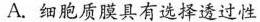
A.细胞质膜具有选择透过性